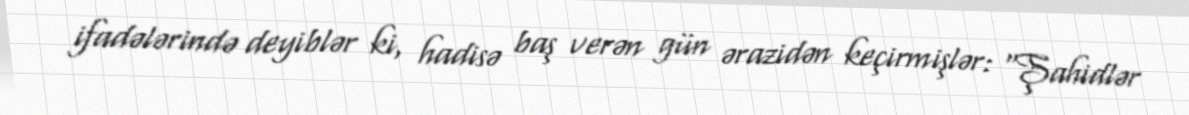
ifadələrində deyiblər ki, hadisə baş verən gün ərazidən keçirmişlər: “Şahidlər